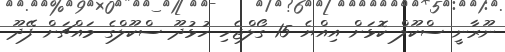
ނޫރާނީ ސްކޫލް ކޮޅަށް އިއްޔެ 15 ގޯލްޖެހި ހުޅުދޫ ސްކޫލްގެ މައްޗަށް ފޭދޫ